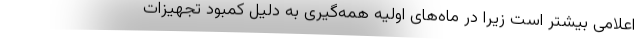
اعلامی بیشتر است زیرا در ماه‌های اولیه همه‌گیری به دلیل کمبود تجهیزات